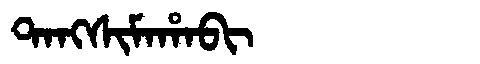
Manchu: ᡨᠠᠩᠰᡳᠮᠠᡥᠠᠪᡳ
Romanization: TANGSIMAHABI